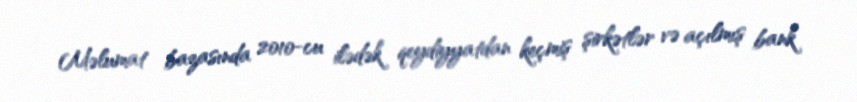
Məlumat bazasında 2010-cu ilədək qeydiyyatdan keçmiş şirkətlər və açılmış bank